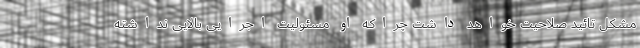
مشکل تائید صلاحیت خواهد داشت چراکه او مسئولیت اجرایی بالایی نداشته